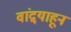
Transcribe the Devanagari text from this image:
वांद्र्याहून